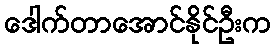
ဒေါက်တာအောင်နိုင်ဦးက